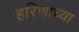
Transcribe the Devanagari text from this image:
हरिणाच्या